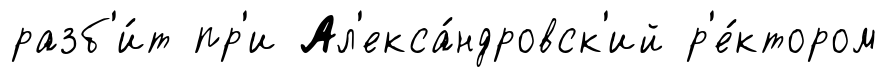
разб'и́т пр'и Ал'екса́ндровск'ий р'е́ктором